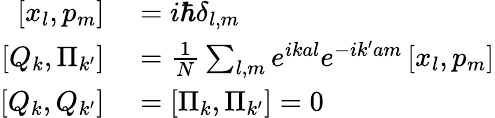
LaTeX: \begin{array}{rl}{\left[x_{l},p_{m}\right]}&{{}=i\hbar\delta_{l,m}}\\ {\left[Q_{k},\Pi_{k^{\prime}}\right]}&{{}={\frac{1}{N}}\sum_{l,m}e^{ikal}e^{-ik^{\prime}am}\left[x_{l},p_{m}\right]}\\ {\left[Q_{k},Q_{k^{\prime}}\right]}&{{}=\left[\Pi_{k},\Pi_{k^{\prime}}\right]=0}\end{array}